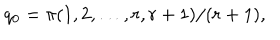
q _ { 0 } = \pi ( 1 , 2 , \ldots , r , r + 1 ) / ( r + 1 ) ,